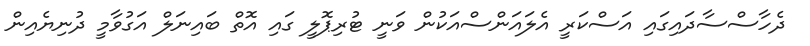
ދެހާސްސާދައިގައި އަސްކަރީ އެލައަންސްއަކުން ވަނީ ޓުރިޕޮލީ ގައި އޮތް ބައިނަލް އަގުވާމީ ދުނިޔެއިން